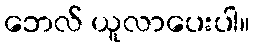
ဘေလ် ယူလာပေးပါ။